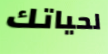
لحياتك